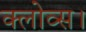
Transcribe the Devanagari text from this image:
क्लोव्स।